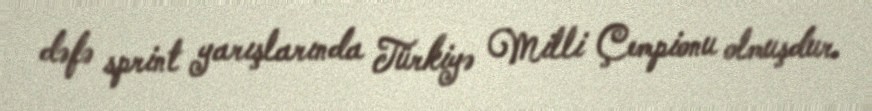
dəfə sprint yarışlarında Türkiyə Milli Çempionu olmuşdur.